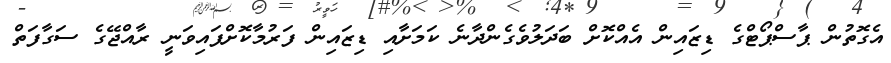
އެގޮތުން ޕާސްޕޯޓްގެ ޑިޒައިން އެއްކޮށް ބަދަލުވެގެންދާނެ ކަމަށާއި ޑިޒައިން ފަރުމާކޮށްފައިވަނީ ރާއްޖޭގެ ސަގާފަތް